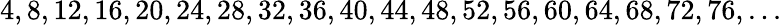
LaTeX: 4,8,12,16,20,24,28,32,36,40,44,48,52,56,60,64,68,72,76,...